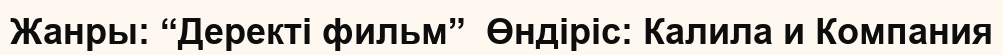
Жанры: “Деректі фильм”  Өндіріс: Калила и Компания